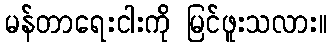
မန်တာရေးငါးကို မြင်ဖူးသလား။